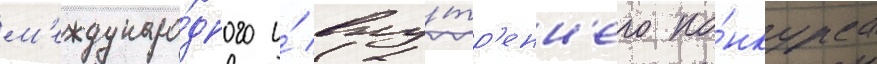
м'еждунаро́дного и́ вну́тр'енн'его ко́нкурса